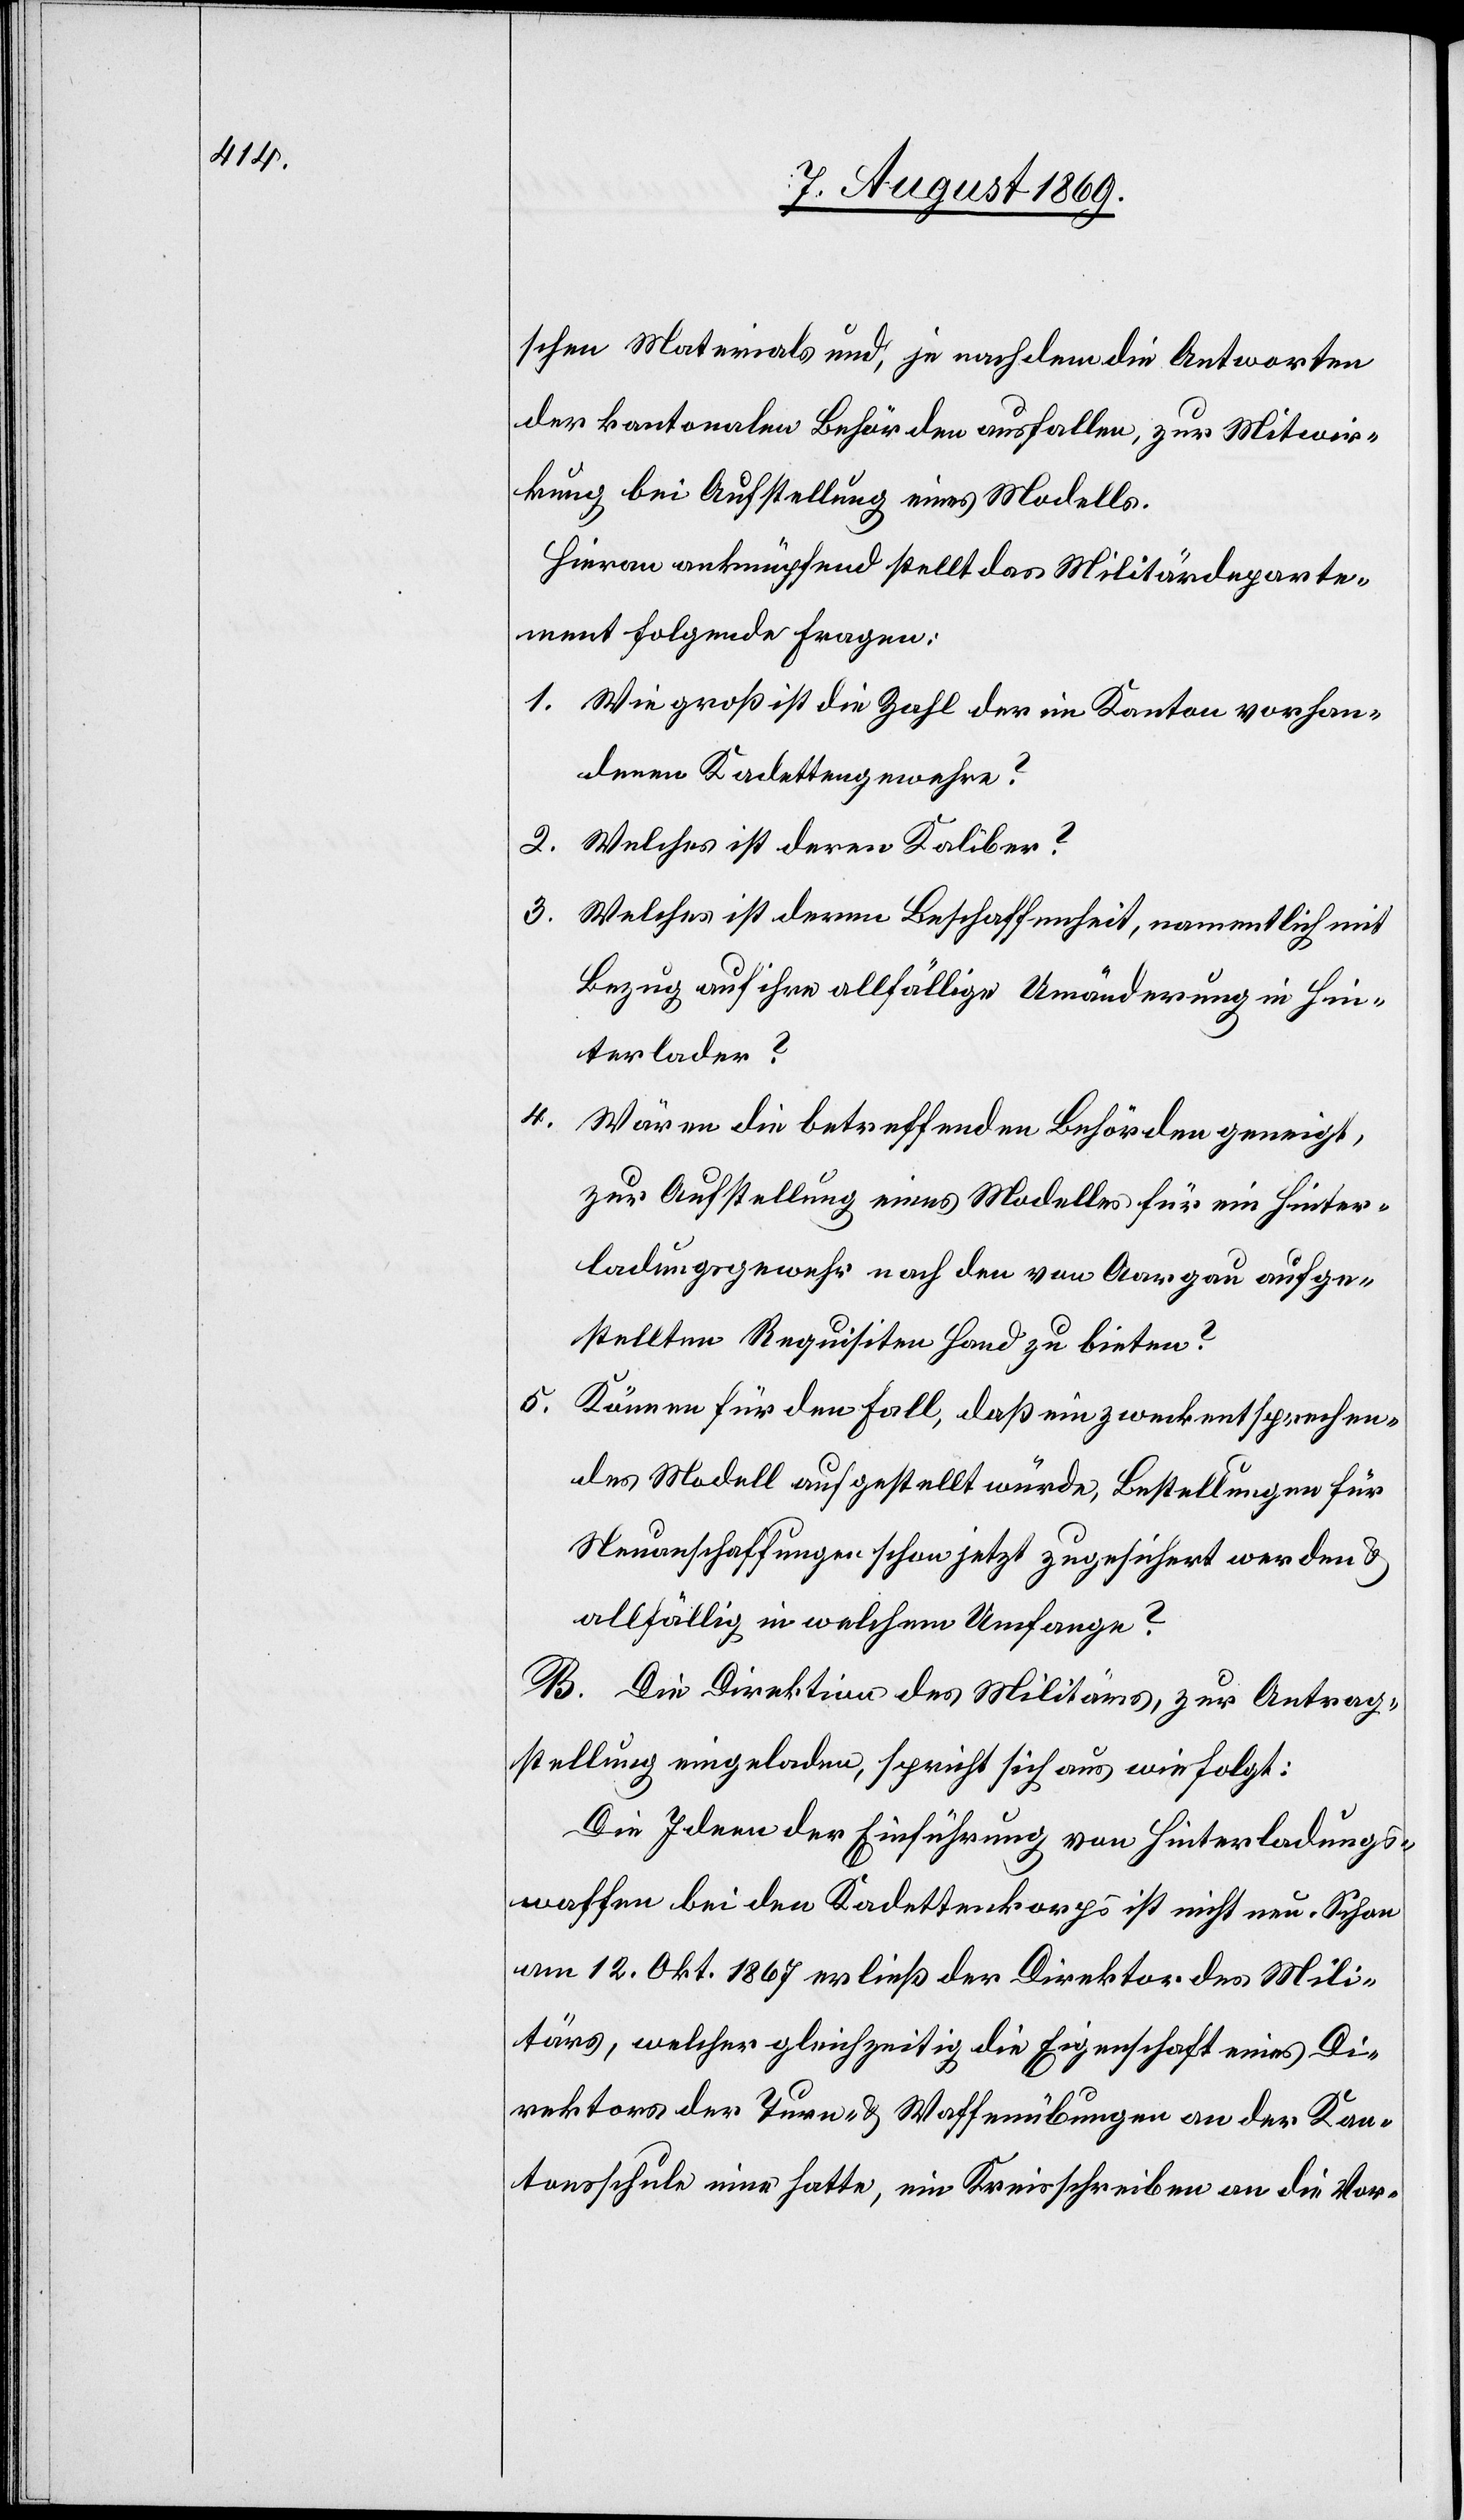
4.

schen Materials und, je nachdem die Antworten
der kantonalen Behörden ausfallen, zur Mitwir¬
kung bei Aufstellung eines Modells.
Hieran anknüpfend stellt das Militärdeparte¬
ment folgende Fragen:
1. Wie groß ist die Zahl der im Kanton vorhan¬
denen Kadettengewehre?
2. Welches ist deren Kaliber?
3. Welches ist deren Beschaffenheit, namentlich mit
Bezug auf ihre allfällige Umänderung in Hin¬
terlader?
Wären die betreffenden Behörden geneigt,
zur Aufstellung eines Modelles für ein Hinter¬
ladungsgewehr nach den von Aargau aufge¬
stellten Requisiten Hand zu bieten?
5.
Können für den Fall, daß ein zweckentsprechen¬
des Modell aufgestellt würde, Bestellungen für
Neuanschaffungen schon jetzt zugesichert werden &
allfällig in welchem Umfange?
B. Die Direktion des Militärs, zur Antrag¬
stellung eingeladen, spricht sich aus wie folgt:
Ideen [sic!] der Einführung von Hinterladungs¬
waffen bei den Kadettenkorps ist nicht neu. Schon
am 12. Okt. 1867 erließ der Direktion des Mili¬
tärs, welcher gleichzeitig die Eigenschaft eines Di¬
rektors der Turm- & Waffenübungen an der Kan¬
tonsschule inne hatte, ein Kreisschreiben an die Vor-